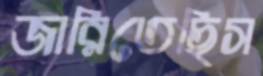
জারিতেছিস